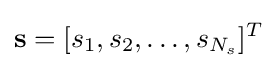
\mathbf {s} =[s_{1},s_{2},\ldots ,s_{N_{s}}]^{T}